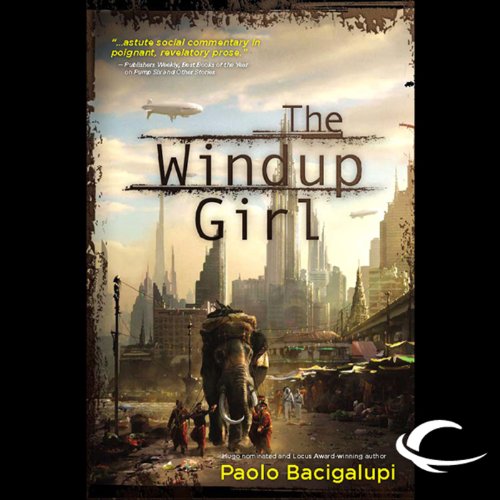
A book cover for The Windup Girl; Paolo Bacigalupi; Science Fiction & Fantasy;